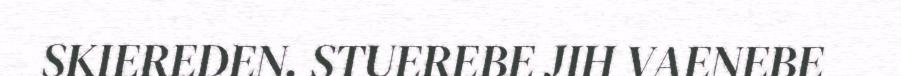
SKIEREDEN. STUEREBE JIH VAENEBE